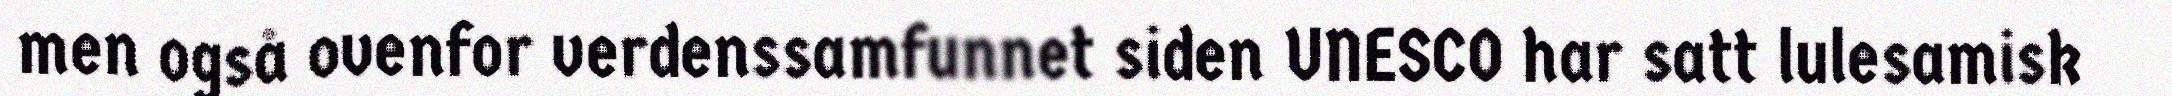
men også ovenfor verdenssamfunnet siden UNESCO har satt lulesamisk